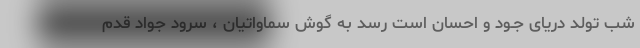
شب تولد دریای جـود و احسان است رسد به گوش سماواتیان ، سرود جواد قدم